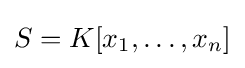
S=K[x_{1},\dots ,x_{n}]